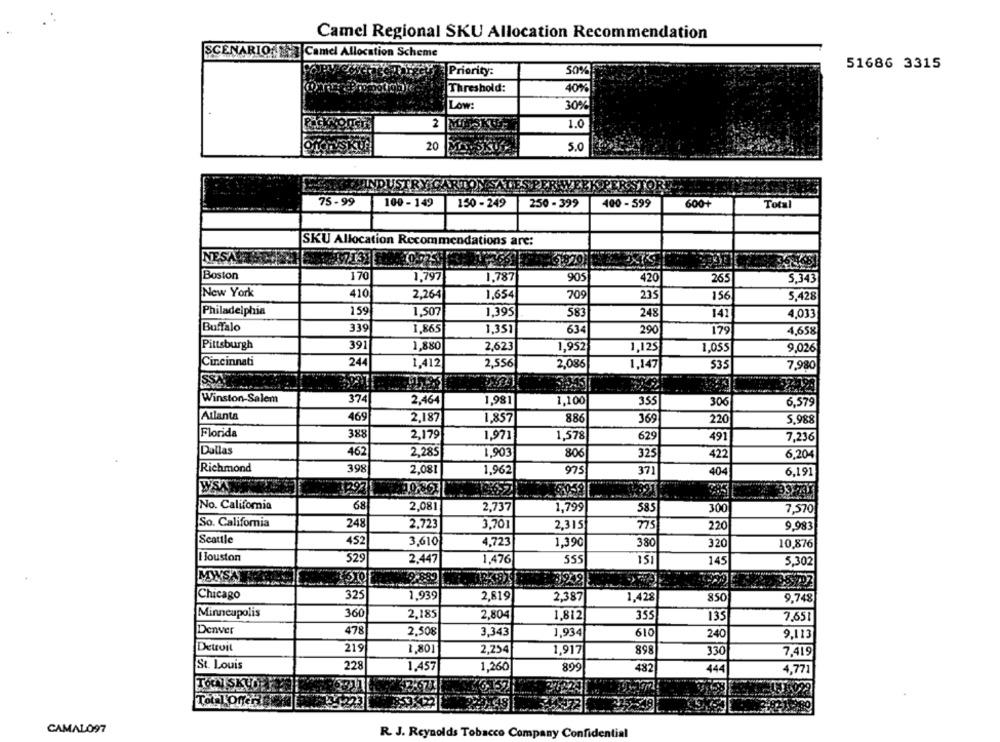
Camel Regional SKU Allocation Recommendation
SCENARIO Camel Allocation Scheme
51686 3315
Priority:
50%
Threshold:
40%
Low:
30%
2 MISSKU
1.0
20
5.0
INDUSTRY GARTON SALES PER WER
75-99
100 - 149
150 - 249
250 - 399
400 - 599
600+
Total
SKU Allocation Recommendations are:
NESA
Boston
170
1,797
1,787
905
420
265
5,343
New York
410
2,264
1,654
709
235
156
5,428
Philadelphia
159
1,507
1,395
583
248
141
4,033
Buffalo
339
1,865
1,351
634
290
179
4,65%
Pittsburgh
391
1,880
2,623
1,952
1,125
1,055
9,026
Cincinnati
244
1,412
2,556
2,086
1,147
535
7,980
SS
Winston-Salem
374
2,464
1,981
1,100
355
306
6,579
Atlanta
469
2,187
1,857
886
369
220
5,988
Florida
388
2,179
1,971
1,578
629
491
7,236
Dallas
462
2,285
1,903
806
325
422
6,204
Richmond
398
2,081
1,962
975
371
404
6,191
WST
No. California
68
2,081
2,737
1,799
585
300
7,570
So. California
248
2,723
3,701
2,315
220
9.983
Seattle
452
3,610
4,723
1,390
380
320
10,876
I Houston
529
2.447
1,476
555
151
145
5,302
939
Chicago
325
1,939
2,819
2,387
1,428
850
9.748
Minneapolis
360
2,185
2,804
1,812
355
135
7,651
Denver
478
2.508
3,343
1,934
610
240
9.113
Detroit
219
1,801
2,254
1,917
898
330
7,419
St. Louis
228
1,457
1,260
899
482
444
4,771
TOWNSKLO
CAMALO97
R. J. Reynolds Tobacco Company Confidential